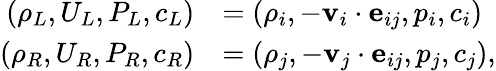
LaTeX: \begin{array}{rl}{\left(\rho_{L},U_{L},P_{L},c_{L}\right)}&{=\left(\rho_{i},-\textbf{v}_{i}\cdot\textbf{e}_{ij},p_{i},c_{i}\right)}\\ {\left(\rho_{R},U_{R},P_{R},c_{R}\right)}&{=\left(\rho_{j},-\textbf{v}_{j}\cdot\textbf{e}_{ij},p_{j},c_{j}\right),}\end{array}